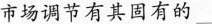
市场调节有其固有的___